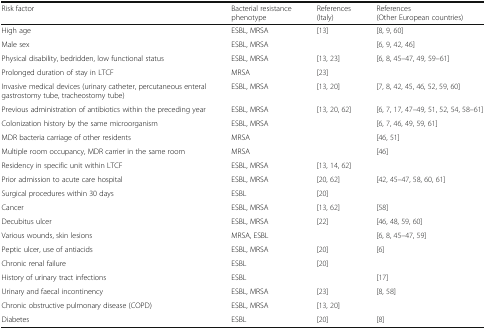
| Risk factor | Bacterial resistance phenotype | References (Italy) | References (Other European countries) |
 | --- | --- | --- | --- |
 | High age | ESBL, MRSA | [13] | [8, 9, 60] |
 | Male sex | ESBL, MRSA |  | [6, 9, 42, 46] |
 | Physical disability, bedridden, low functional status | ESBL, MRSA | [13, 23] | [6, 8, 45–47, 49, 59–61] |
 | Prolonged duration of stay in LTCF | MRSA | [23] |  |
 | Invasive medical devices (urinary catheter, percutaneous enteral gastrostomy tube, tracheostomy tube) | ESBL, MRSA | [13, 20] | [7, 8, 42, 45, 46, 52, 59, 60] |
 | Previous administration of antibiotics within the preceding year | ESBL, MRSA | [13, 20, 62] | [6, 7, 17, 47–49, 51, 52, 54, 58–61] |
 | Colonization history by the same microorganism | ESBL, MRSA |  | [6, 7, 46, 49, 59, 61] |
 | MDR bacteria carriage of other residents | MRSA |  | [46, 51] |
 | Multiple room occupancy, MDR carrier in the same room | MRSA |  | [46] |
 | Residency in specific unit within LTCF | ESBL, MRSA | [13, 14, 62] |  |
 | Prior admission to acute care hospital | ESBL, MRSA | [20, 62] | [42, 45–47, 58, 60, 61] |
 | Surgical procedures within 30 days | ESBL | [20] |  |
 | Cancer | ESBL, MRSA | [13, 62] | [58] |
 | Decubitus ulcer | ESBL, MRSA | [22] | [46, 48, 59, 60] |
 | Various wounds, skin lesions | MRSA, ESBL |  | [6, 8, 45–47, 59] |
 | Peptic ulcer, use of antiacids | ESBL, MRSA | [20] | [6] |
 | Chronic renal failure | ESBL | [20] |  |
 | History of urinary tract infections | ESBL |  | [17] |
 | Urinary and faecal incontinency | ESBL, MRSA | [23] | [8, 58] |
 | Chronic obstructive pulmonary disease (COPD) | ESBL, MRSA | [13, 20] |  |
 | Diabetes | ESBL | [20] | [8] |